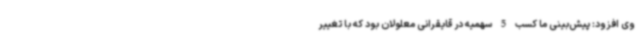
وی افزود: پیش‌بینی ما کسب 5 سهمیه در قایقرانی معلولان بود که با تغییر